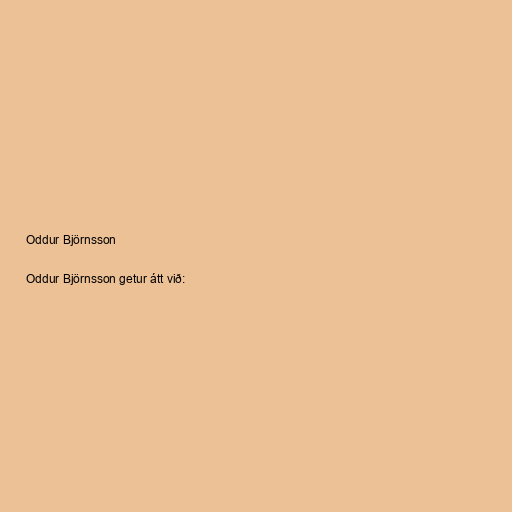
Oddur Björnsson

Oddur Björnsson getur átt við: